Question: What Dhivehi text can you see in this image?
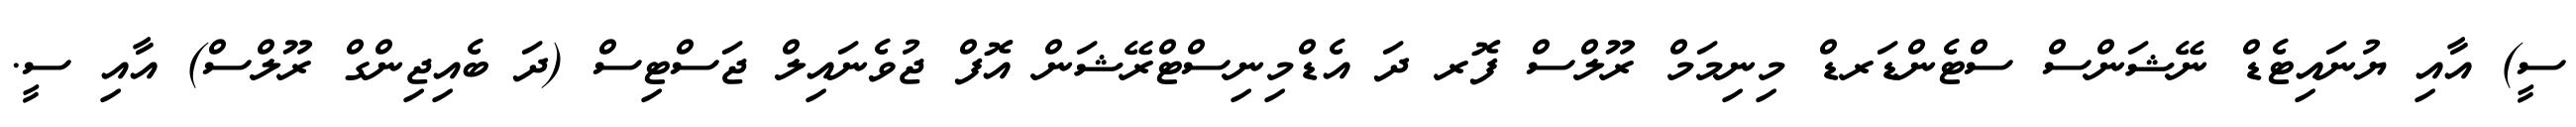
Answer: ސީ) އާއި ޔުނައިޓެޑް ނޭޝަންސް ސްޓެންޑަރޑް މިނިމަމް ރޫލްސް ފޮރ ދަ އެޑްމިނިސްޓްރޭޝަން އޮފް ޖުވެނައިލް ޖަސްޓިސް (ދަ ބެއިޖިންގް ރޫލްސް) އާއި ސީ.